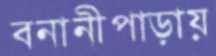
বনানীপাড়ায়